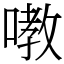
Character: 嘋